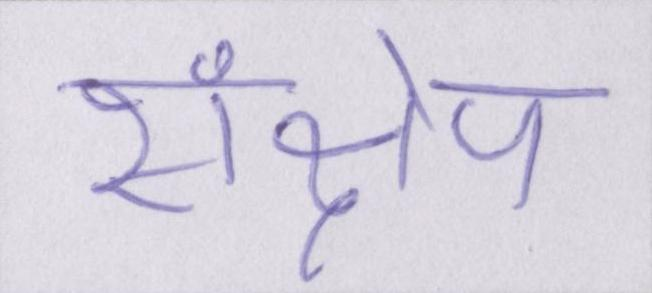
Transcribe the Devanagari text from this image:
संक्षेप